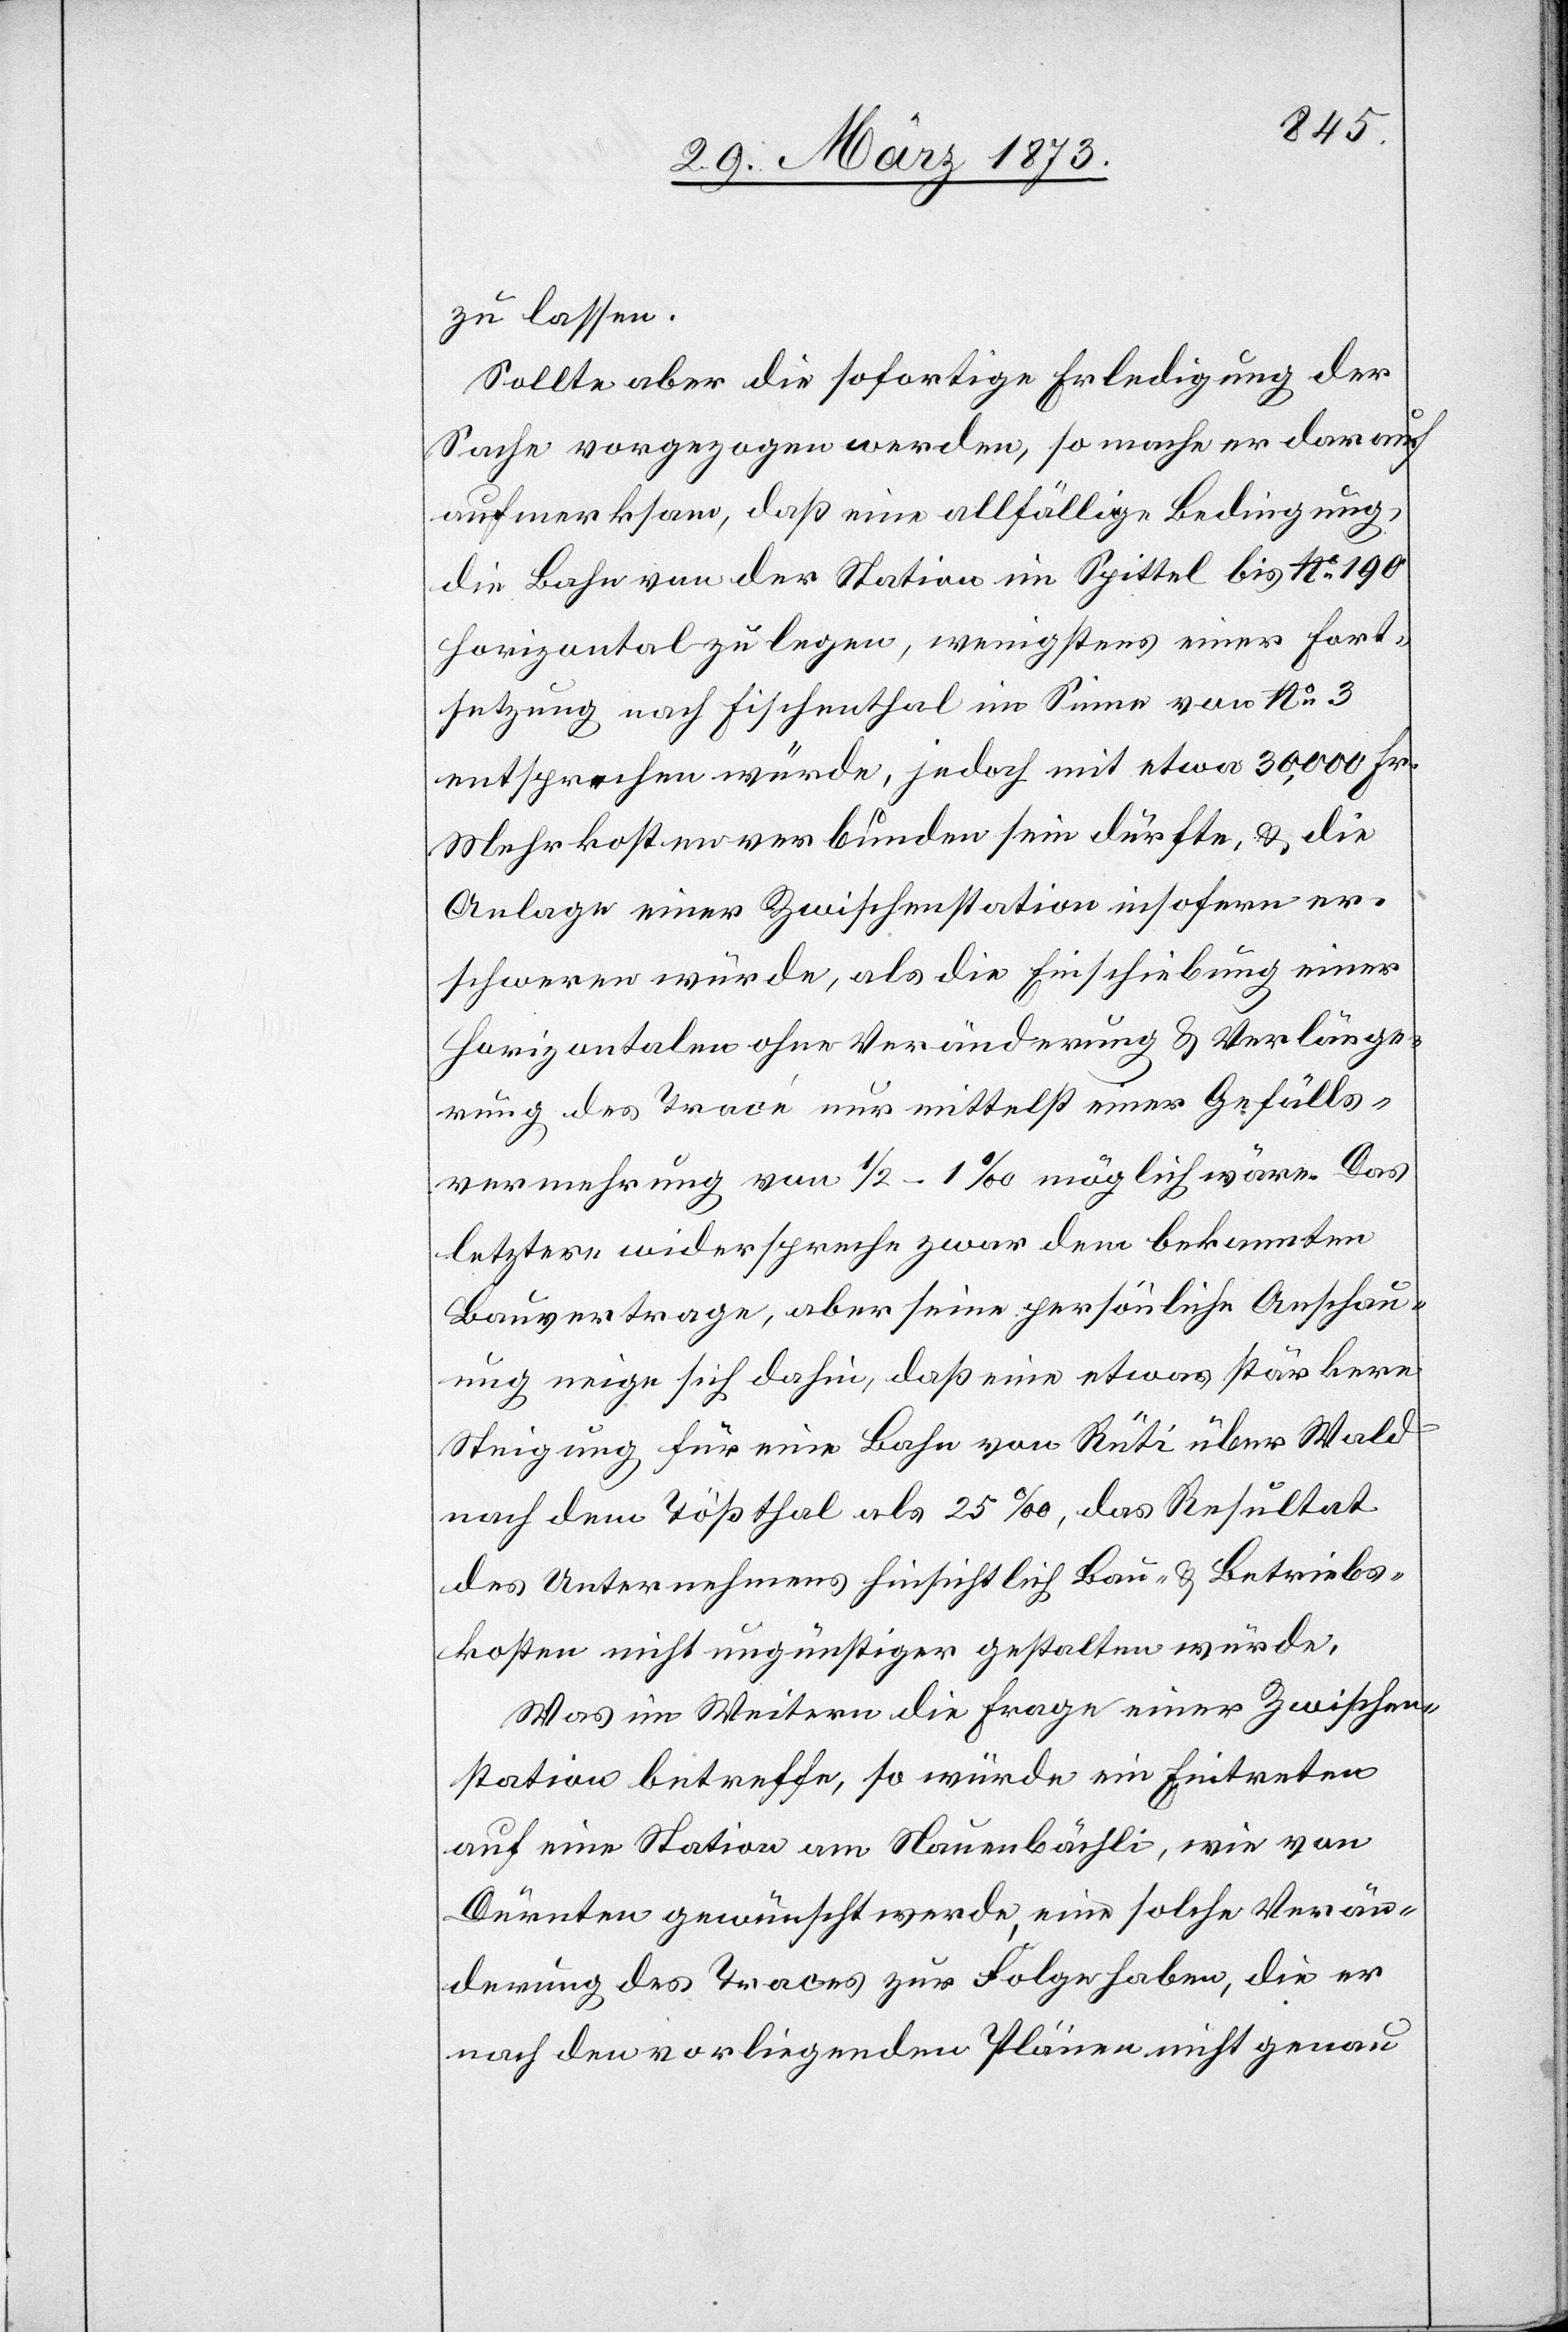
zu lassen.
Sollte aber die sofortige Erledigung der
Sache vorgezogen werden, so mache er darauf
aufmerksam, daß eine allfällige Bedingung,
die Bahn von der Station im Spittel bis No 190
horizontal zu legen, wenigstens einer Fort¬
setzung nach Fischenthal im Sinne von No 3
entsprechen würde, jedoch mit etwa 30,000 Fr.
Mehrkosten verbunden sein dürfte, u. die
Anlage einer Zwischenstation insofern er¬
schweren würde, als die Einschiebung einer
horizontalen ohne Veränderung u. Verlänge¬
rung des Tracé nur mittelst einer Gefälls¬
vermehrung von 1/2–1‰ möglich wäre. Das
letztere widerspreche zwar dem bekannten
Bauvertrage, aber seine persönliche Anschau¬
ung neige sich dahin, daß eine etwas stärkere
Steigung für eine Bahn von Rüti über Wald
nach dem Tößthal als 25‰, das Resultat
des Unternehmens hinsichtlich Bau- u. Betriebs¬
kosten nicht ungünstiger gestalten würde.
Was im Weiteren die Frage einer Zwischen¬
station betreffe, so würde ein Eintreten
auf eine Station am Stauenbächli, wie von
Dürnten gewünscht werde, eine solche Verän¬
derung des Traces zur Folge haben, die er
nach den vorliegenden Plänen nicht genau